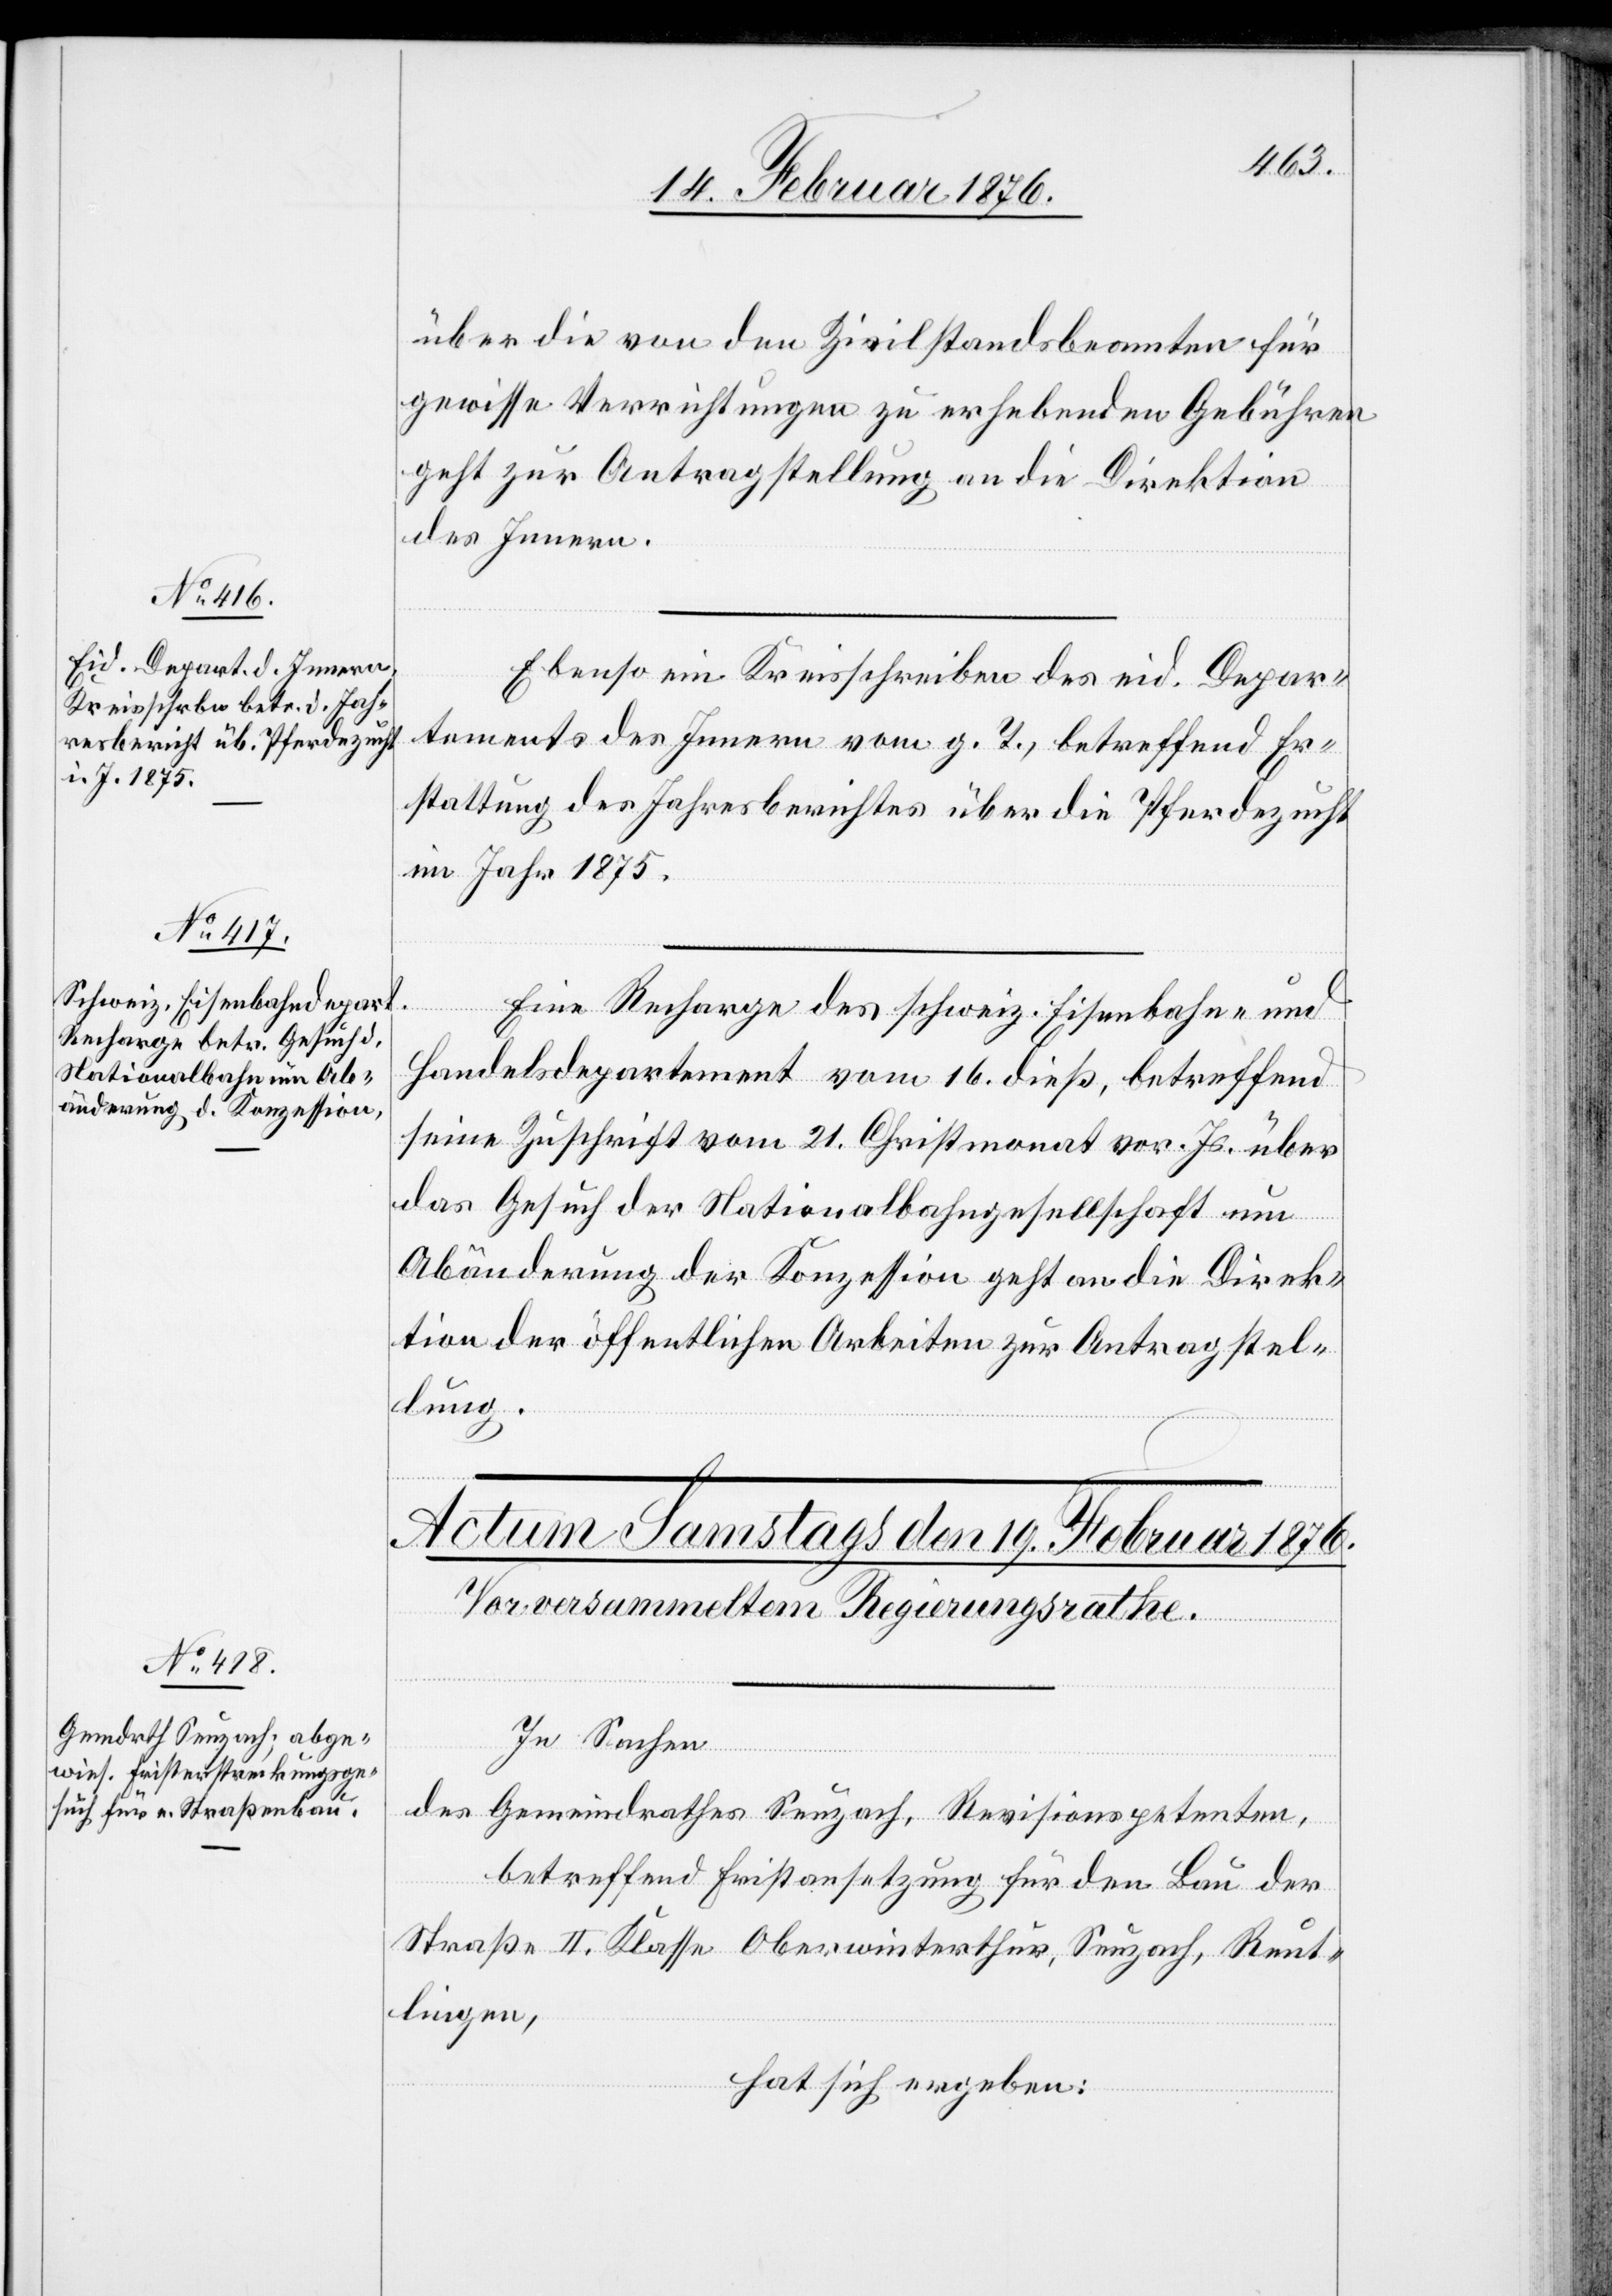
18. Februar 1876.]
über die von den Zivilstandsbeamten für
gewisse Verrichtungen zu erhebenden Gebühren
geht zur Antragstellung an die Direktion
des Innern.
Ebenso ein Kreisschreiben des eid. Depar¬
tements des Innern vom g. T., betreffend Er¬
stattung des Jahresberichtes über die Pferdezucht
im Jahr 1875.
Eine Recharge des schweiz. Eisenhahn- und
Handelsdepartement vom 16. dieß, betreffend
seine Zuschrift vom 21. Christmonat vor. Js. über
das Gesuch der Nationalbahngesellschaft um
Abänderung der Konzession geht an die Direk¬
tion der öffentlichen Arbeiten zur Antragstel¬
lung.
In Sachen
des Gemeindrathes Seuzach, Revisionspetenten,
betreffend Fristansetzung für den Bau der
Straße II. Klasse Oberwinterthur, Seuzach, Reut¬
lingen,
hat sich ergeben: